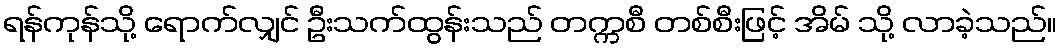
ရန်ကုန်သို့ ရောက်လျှင် ဦးသက်ထွန်းသည် တက္ကစီ တစ်စီးဖြင့် အိမ် သို့ လာခဲ့သည်။